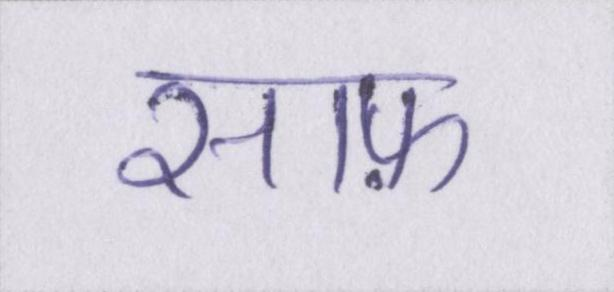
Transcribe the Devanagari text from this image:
साफ़